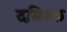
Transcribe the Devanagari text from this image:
दमिश्‍क